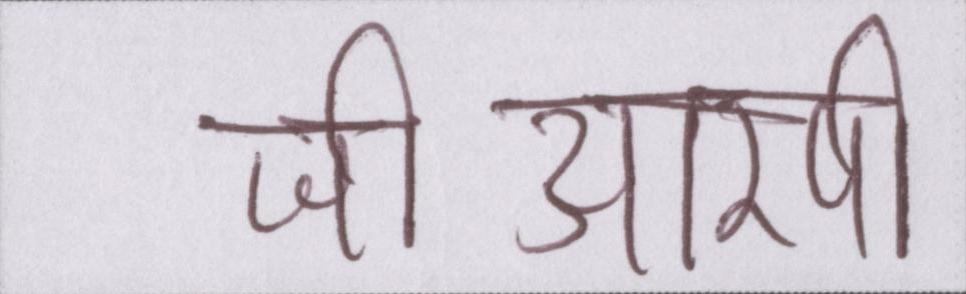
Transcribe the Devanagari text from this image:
जीआरपी